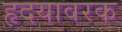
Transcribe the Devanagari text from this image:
हृदयावरक